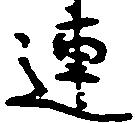
連